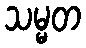
သမ္မတ